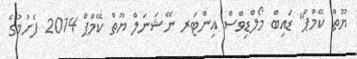
ޔޫތް ކޭމްޕް" ޑައިބް މޯލްޑިވްސް އިންޓަރ ނޭޝަނަލް ޔޫތް ކޭމްޕް 2014 ފެށުމުގެ